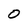
Character: 0